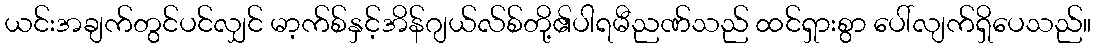
ယင်းအချက်တွင်ပင်လျှင် မာ့က်စ်နှင့်အိန်ဂျယ်လ်စ်တို့၏ပါရမီညဏ်သည် ထင်ရှားစွာ ပေါ်လျက်ရှိပေသည်။